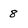
Character: 8